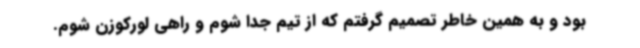
بود و به همین خاطر تصمیم گرفتم که از تیم جدا شوم و راهی لورکوزن شوم.